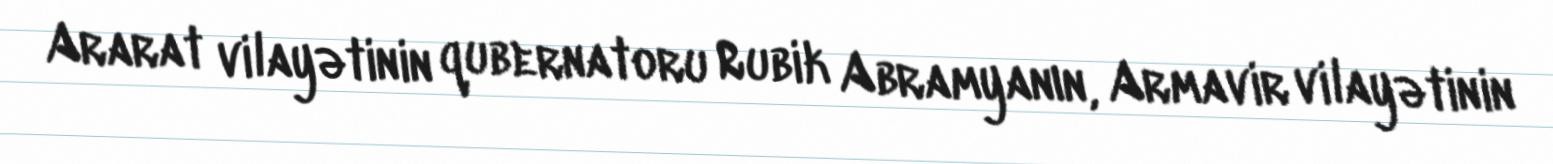
Ararat vilayətinin qubernatoru Rubik Abramyanın, Armavir vilayətinin